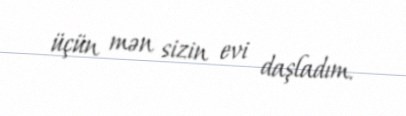
üçün mən sizin evi daşladım.